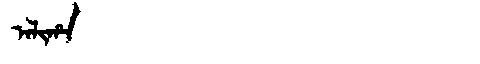
Manchu: ᠠᠯᡳᡥᠠ
Romanization: ALIHA